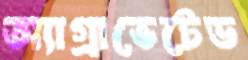
অ্যাগ্রাভেটেড